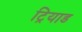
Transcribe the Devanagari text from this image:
ट्रियाड